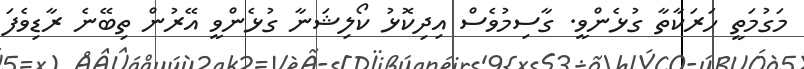
މަގުމަތީ ހަރަކާތާ ގުޅެންވީ. ގާސިމުވެސް އިދިކޮޅު ކޯލިޝަނާ ގުޅެންވީ އޭރުން ތިބޭނެ ރާޑިވެފަ